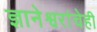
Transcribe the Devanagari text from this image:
ज्ञानेश्वरांचेही